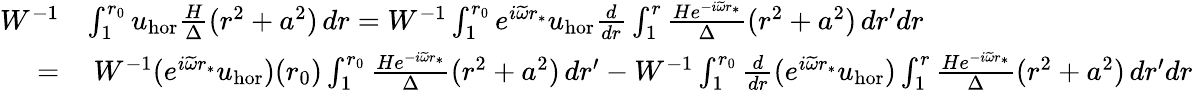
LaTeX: \begin{array}{rl}{W^{-1}}&{\int_{1}^{r_{0}}u_{\mathrm{hor}}\frac{H}{\Delta}(r^{2}+a^{2})\, dr=W^{-1}\int_{1}^{r_{0}}e^{i\widetilde{\omega}r_{*}}{u}_{\mathrm{hor}}\frac{d}{dr}\int_{1}^{r}\frac{He^{-i\widetilde{\omega}r_{*}}}{\Delta}(r^{2}+a^{2})\, dr^{\prime}dr}\\ {=}&{\: W^{-1}(e^{i\widetilde{\omega}r_{*}}{u}_{\mathrm{hor}})(r_{0})\int_{1}^{r_{0}}\frac{He^{-i\widetilde{\omega}r_{*}}}{\Delta}(r^{2}+a^{2})\, dr^{\prime}-W^{-1}\int_{1}^{r_{0}}\frac{d}{dr}(e^{i\widetilde{\omega}r_{*}}{u}_{\mathrm{hor}})\int_{1}^{r}\frac{He^{-i\widetilde{\omega}r_{*}}}{\Delta}(r^{2}+a^{2})\, dr^{\prime}dr}\end{array}